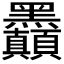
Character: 𪓇